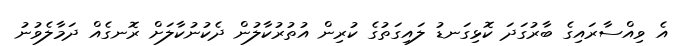
އެ ވިއްސާރައިގެ ބާރުގަދަ ކޮޅިގަނޑު ލައިގަތުގެ ކުރިން އުތުރުކާލުން ދެކުނުކާލަށް ރޮނގެއް ދަމާލެވުނު